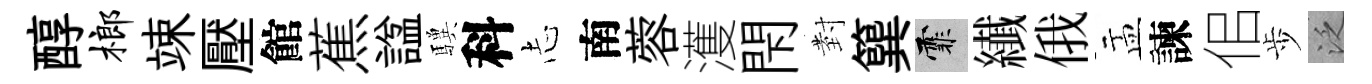
醇榔竦壓館蕉諡驥科𢖽南蓉濩閇𭔹簨霏纎俄盂諫佀歩泛